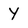
Character: Y